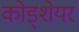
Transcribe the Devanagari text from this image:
कोड्शेयर